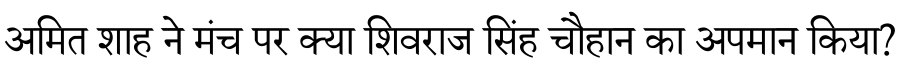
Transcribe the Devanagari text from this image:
अमित शाह ने मंच पर क्या शिवराज सिंह चौहान का अपमान किया?